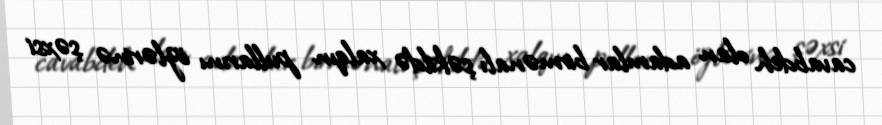
cavabdeh olan adamlar birmənalı şəkildə xalqın pullarını özlərinə şəxsi